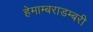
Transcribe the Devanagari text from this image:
हेमाम्बराडम्बरी